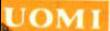
UOMI